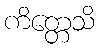
ကိတ္တေသိ